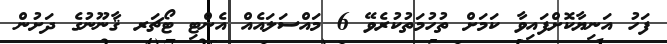
ފަހު އަނިޔާކޮށްފައިވާ ކަމަށް ތުހުމަތުކުރެވޭ 6 މައްސަލައެއް އެންޓި ޓޯޗަރ ޤާނޫނުގެ ދަށުން